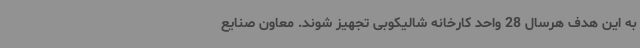
به این هدف هرسال 28 واحد کارخانه شالیکوبی تجهیز شوند. معاون صنایع